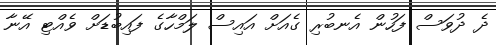
ދެ ދުވަސް ފަހުން އެނބުރި ގެއަށް އައިސް ލަމްހާގެ ފައިބުޑަށް ވެއްޓި އޭނާ